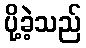
ပို့ခဲ့သည်